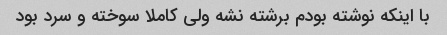
با اینکه نوشته بودم برشته نشه ولی کاملا سوخته و سرد بود